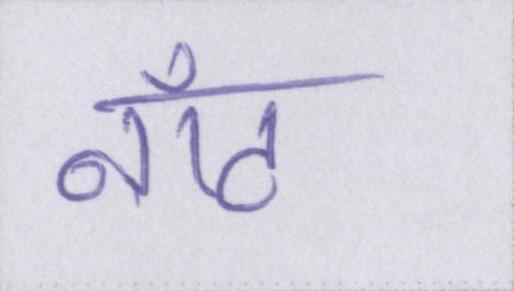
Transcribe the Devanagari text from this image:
नॉट